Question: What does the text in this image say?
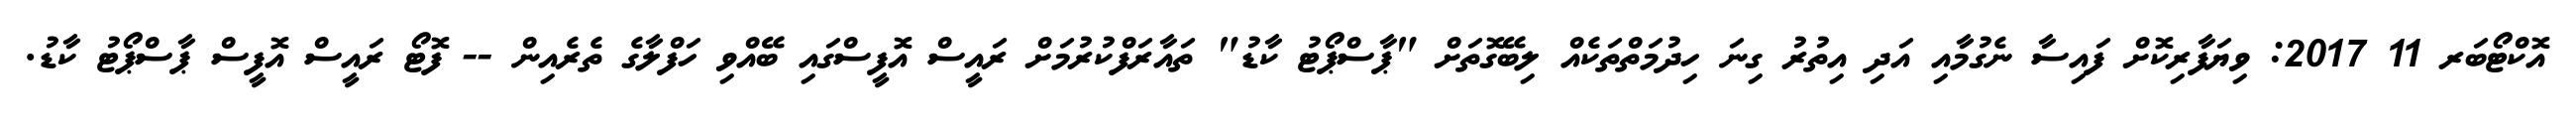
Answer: އޮކްޓޯބަރ 11 2017: ވިޔަފާރިކޮށް ފައިސާ ނެގުމާއި އަދި އިތުރު ގިނަ ހިދުމަތްތަކެއް ލިބޭގޮތަށް "ޕާސްޕޯޓު ކާޑު" ތައާރަފްކުރުމަށް ރައީސް އޮފީސްގައި ބޭއްވި ހަފްލާގެ ތެރެއިން -- ފޮޓޯ ރައީސް އޮފީސް ޕާސްޕޯޓު ކާޑު.